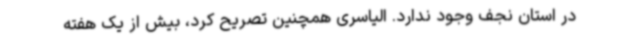
در استان نجف وجود ندارد. الیاسری همچنین تصریح کرد، بیش از یک هفته